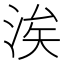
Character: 涘